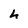
Character: h